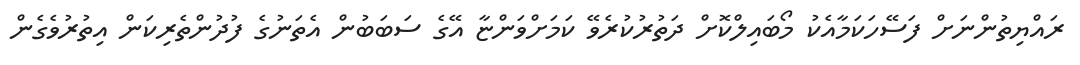
ރައްޔިތުންނަށް ފަސޭހަކަމާއެކު މޯބައިލްކޮށް ދަތުރުކުރެވޭ ކަމަށްވަންޏާ އޭގެ ސަބަބުން އެތަނުގެ ފުދުންތެރިކަން އިތުރުވެގެން